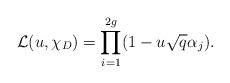
LaTeX: \begin{align*}\mathcal{L}(u,\chi_D) = \prod_{i=1}^{2g} (1-u \sqrt{q} \alpha_j) .\end{align*}